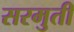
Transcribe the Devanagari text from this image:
सरमुती